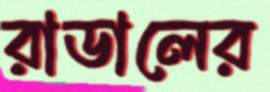
রাডালের